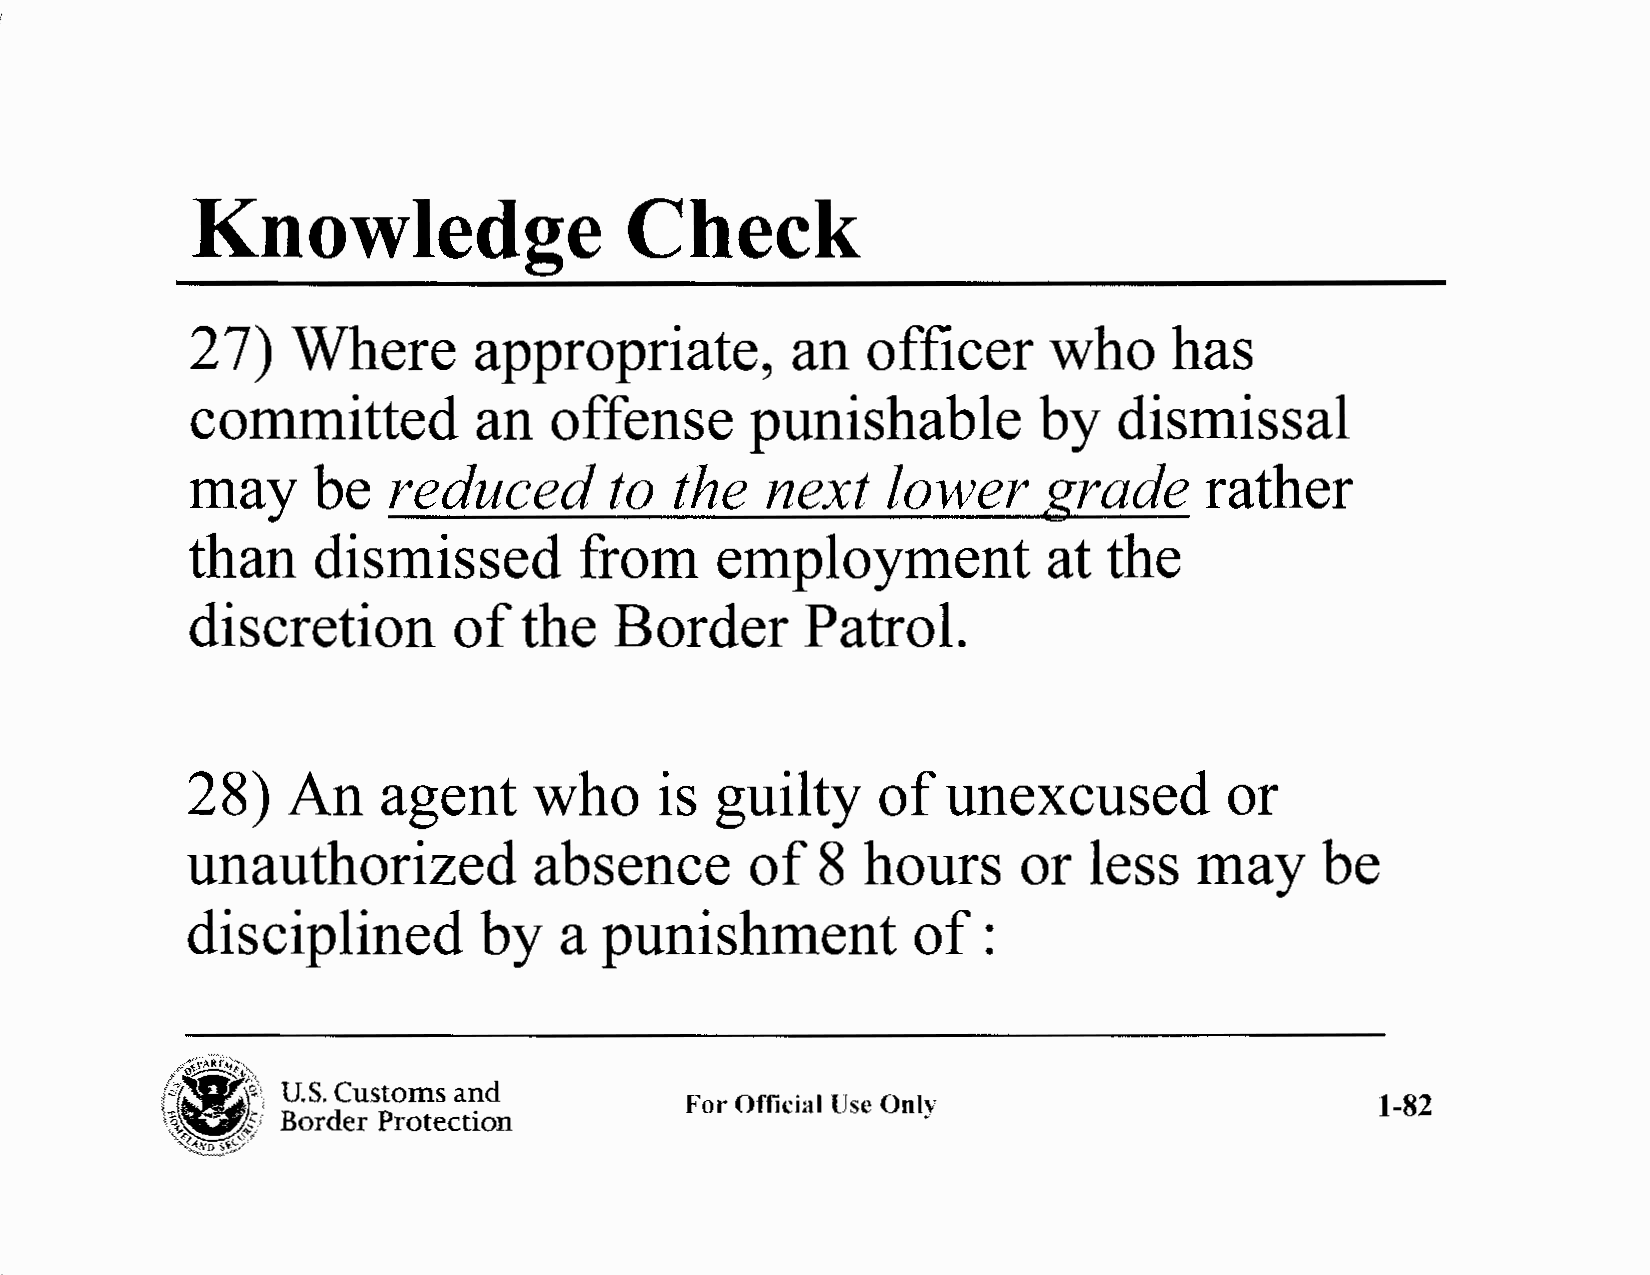
Knowledge                    Check
 27)   Where       appropriate,         an   officer     who      has
 committed          an  offense       punishable         by   dismissal
 may     be   reduced       to   the   next    lower     grade      rather
 than    dismissed        from     employment            at  the
 discretion       of   the   Border      Patrol.
 28)    An    agent     who      is guilty     of   unexcused         or
 unauthorized           absence        of  8  hours      or  less   may      be
 disciplined         by   a  punishment           of  :
 l[.;\.~;,;:;:,
 lt __, s:, U.S. Customs and
 For Official lJse Only                        1-82
 •       Border Protection